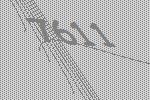
7611